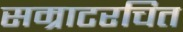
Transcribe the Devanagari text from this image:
सम्राटरचित